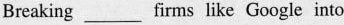
Breaking ___ firms like Google into